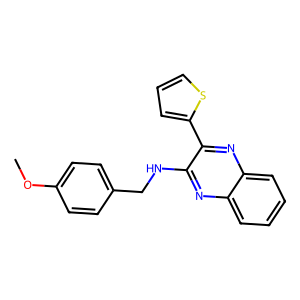
SMILES: COc1ccc(CNc2nc3ccccc3nc2-c2cccs2)cc1
Inhibits HIV replication: No